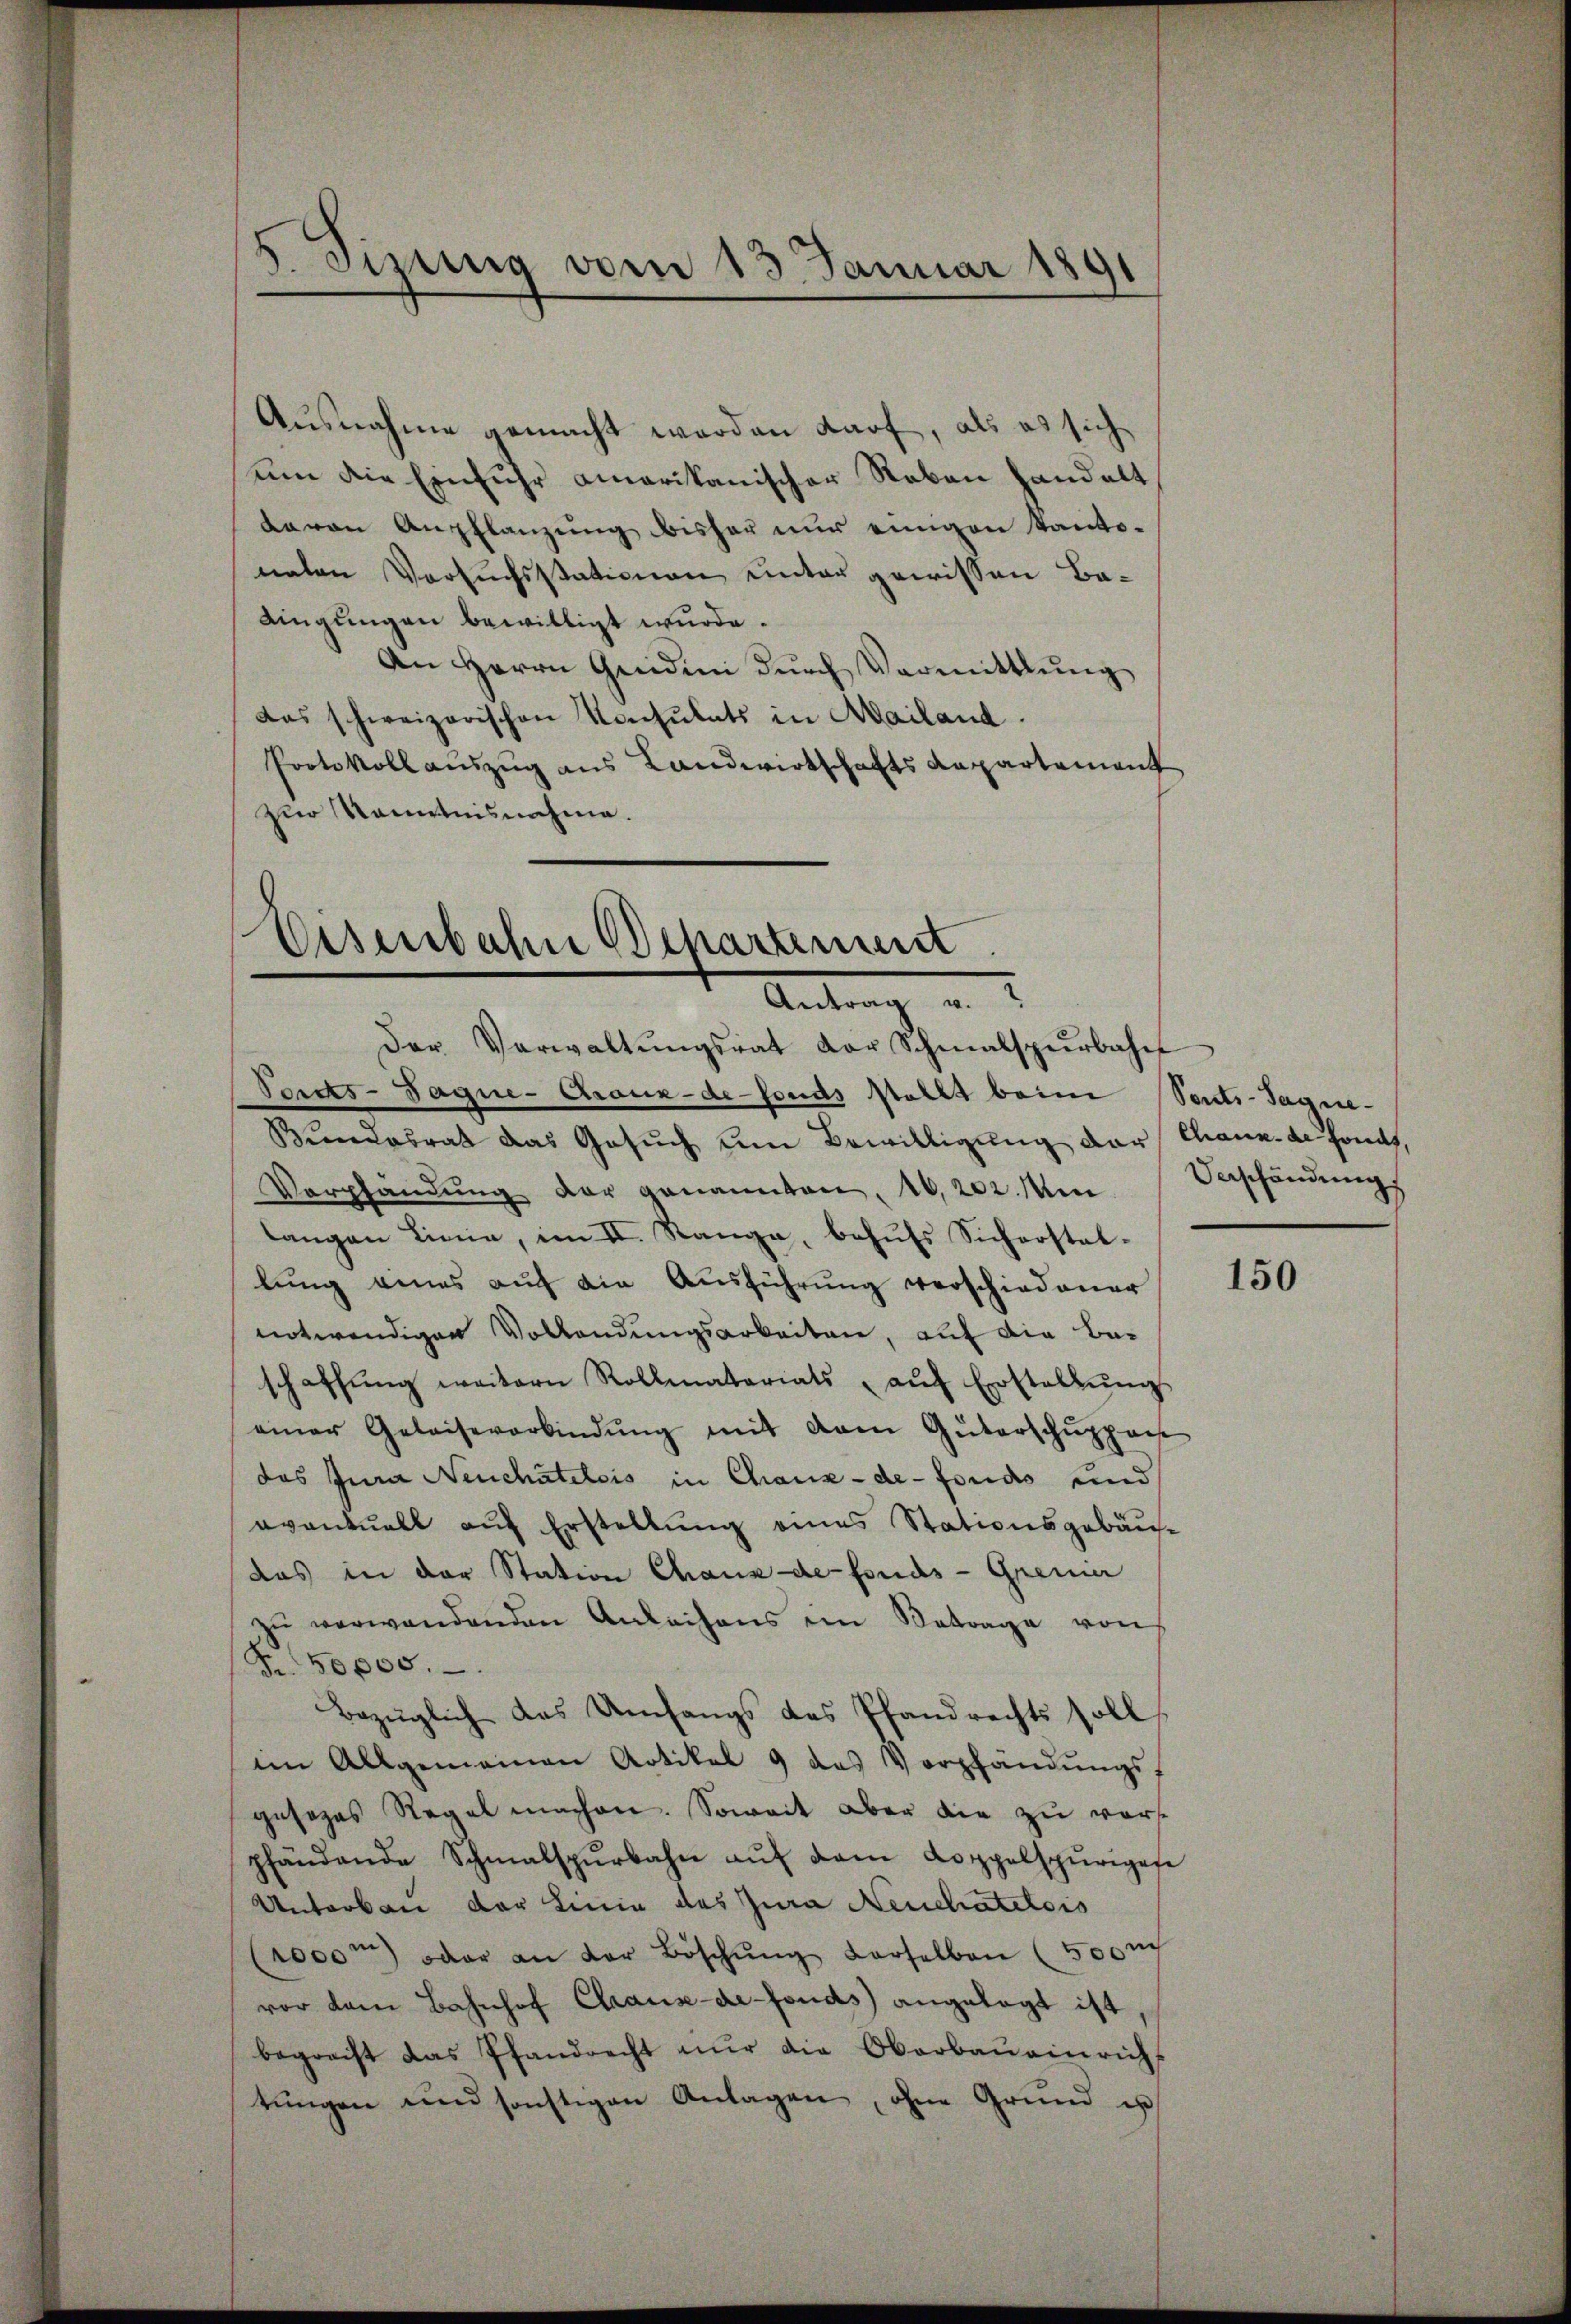
Ausnahme gemacht werden darf, als es sich
um die Einfuhr amerikanischer Reben handelt
davon Anpflanzung bisher nur eingen Kantonaten Versuchsstationen unter gewissen Be¬
Aingungen bewilligt wurde.
An Herrn Gedini dŭrch Vermittlung
das schweizerischen Konsulats in Mailand
Protokollauszug aus Landwirtschafts Repartement
zur Kenntnisnahme.

J. Tizung vom 13. Januar 1891

Eisenbahn Behartement.
Antrag u.
Der Verwaltŭngsrat der Schmalspurbahnf
Porcks-Tagne-Craux-de-Fonds stellt beim Sents-Sagne¬

Bundesrat das Gesŭch um Bewilligung der Chaux de fonds,
Verpfändung der genannten, 10,202. Min
langen Linie, im II. Ranga, behŭfs Sicherstal-
lung eines auf die Ausführung verschiedener
notwendigen Vollendungsarbeiten, auf die Beschaffŭng weitern Rollmatariats aŭf Erstellŭng
einer Geleiseverbindŭng mit dem Güterschuppac
das Jura Neuchâtelois in Chaux-de-Fonds und
eventuell auf Erstellung eines Stationsgebäu-
das in der Station Chaux de fonds- Genier
zu verwandenden Anleihens im Betrage von
Nr 50000.
Bezüglich das Umfangs des Pfandrechts soll
im Allgemeinen Artikel 9 das Verpfändŭngs-
gesezes Regal machen. Soweit aber die zu vorspfändende Schmalspŭrbahn aŭf dem Koppelspurigese
Unterbau der Linie des Jura Neuchatelois
(1000m oder an der Böschŭng derselben (500 n
vor dem Bahnhof Chaux-de-Fonds angelegt ist
begreift das Pfandrecht nur die Oberbaŭeinrichs
tŭngen und sonstigen Anlagen, ohne Grŭnd u

Veschändung

150